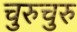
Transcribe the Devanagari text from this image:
चुरुचुरु